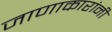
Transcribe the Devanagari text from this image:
जाणाकारांनी